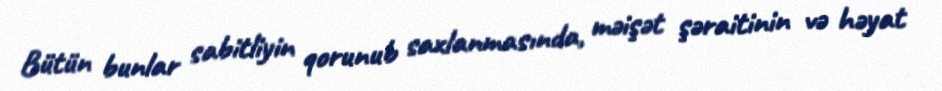
Bütün bunlar sabitliyin qorunub saxlanmasında, məişət şəraitinin və həyat